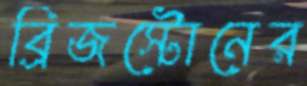
ব্রিজস্টোনের